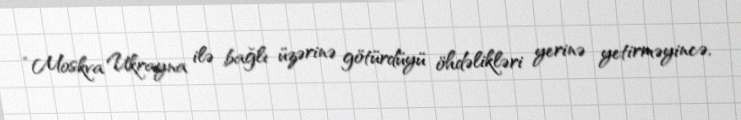
“Moskva Ukrayna ilə bağlı üzərinə götürdüyü öhdəlikləri yerinə yetirməyincə,